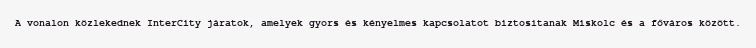
A vonalon közlekednek InterCity járatok, amelyek gyors és kényelmes kapcsolatot biztosítanak Miskolc és a főváros között.